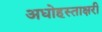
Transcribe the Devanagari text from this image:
अधोहस्ताक्षरी